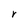
Character: r